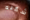
شكله